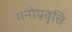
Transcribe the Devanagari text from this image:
मनोप्रवृत्ति